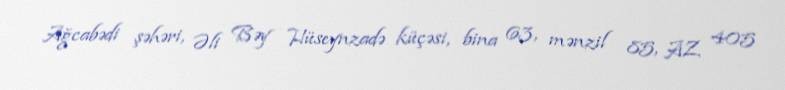
Ağcabədi şəhəri, Əli Bəy Hüseynzadə küçəsi, bina 63, mənzil 85, AZ 405